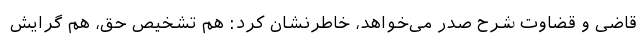
قاضی و قضاوت شرح صدر می‌خواهد، خاطرنشان کرد: هم تشخیص حق، هم گرایش